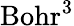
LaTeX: \mathrm{Bohr^{3}}